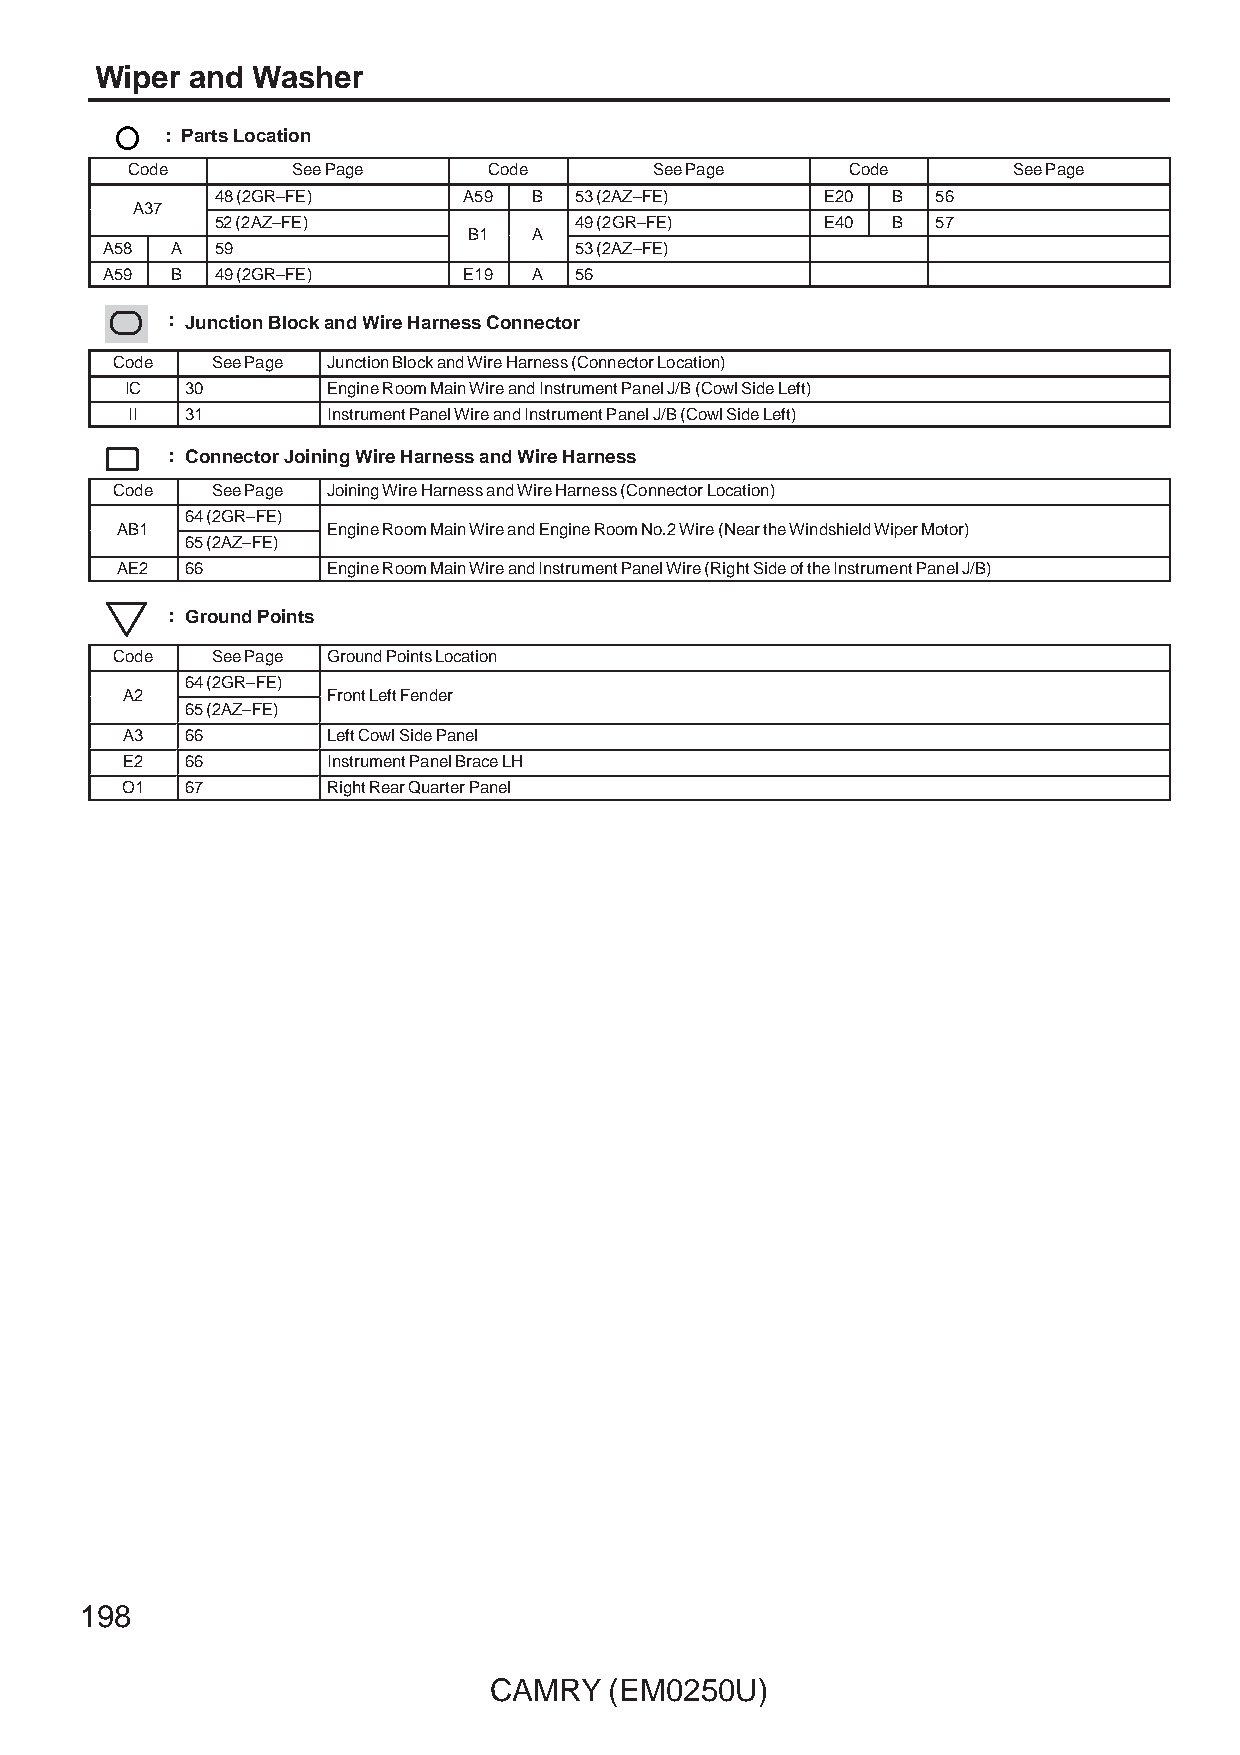
Wiper and  Washer
 : Parts Location
 Code       See Page     Code       See Page     Code       See Page
 48 (2GR–FE)      A59 B  53 (2AZ–FE)      E20 B  56
 AA3377
 52 (2AZ–FE)             49 (2GR–FE)      E40 B  57
 BB11 AA
 A58 A  59                      53 (2AZ–FE)
 A59 B  49 (2GR–FE)      E19 A  56
 : Junction Block and Wire Harness Connector
 Code   See Page Junction Block and Wire Harness (Connector Location)
 IC  30        Engine Room Main Wire and Instrument Panel J/B (Cowl Side Left)
 II  31        Instrument Panel Wire and Instrument Panel J/B (Cowl Side Left)
 : Connector Joining Wire Harness and Wire Harness
 Code   See Page Joining Wire Harness and Wire Harness (Connector Location)
 64 (2GR–FE)
 AABB11        EEnnggiinnee RRoooomm MMaaiinn WWiirree aanndd EEnnggiinnee RRoooomm NNoo..22 WWiirree ((NNeeaarr tthhee WWiinnddsshhiieelldd WWiippeerr MMoottoorr))
 65 (2AZ–FE)
 AE2 66        Engine Room Main Wire and Instrument Panel Wire (Right Side of the Instrument Panel J/B)
 : Ground Points
 Code   See Page Ground Points Location
 64 (2GR–FE)
 AA22          FFrroonntt LLeefftt FFeennddeerr
 65 (2AZ–FE)
 A3  66        Left Cowl Side Panel
 E2  66        Instrument Panel Brace LH
 O1  67        Right Rear Quarter Panel
 198
 CAMRY   (EM0250U)